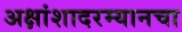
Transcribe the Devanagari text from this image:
अक्षांशादरम्यानचा